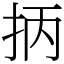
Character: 抦